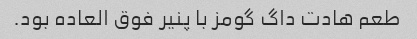
طعم هادت داگ گومز با پنیر فوق العاده بود.